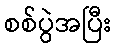
စစ်ပွဲအပြီး